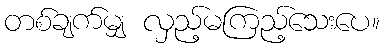
တစ်ချက်မျှ လှည့်မကြည့်သေးပေ။